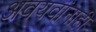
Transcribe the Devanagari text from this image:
अवयवांनाही